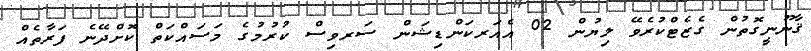
ޤާނޫނީގޮތުން ގެޒެޓްކުރެވޭ ލިޔުން 02 އެއަރކަންޑިޝަން ސަރވިސް ކުރުމުގެ މަސައްކަތް ކޮށްދޭނެ ފަރާތެއް